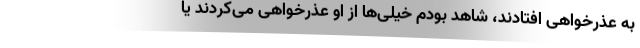
به عذرخواهی افتادند، شاهد بودم خیلی‌ها از او عذرخواهی می‌کردند یا